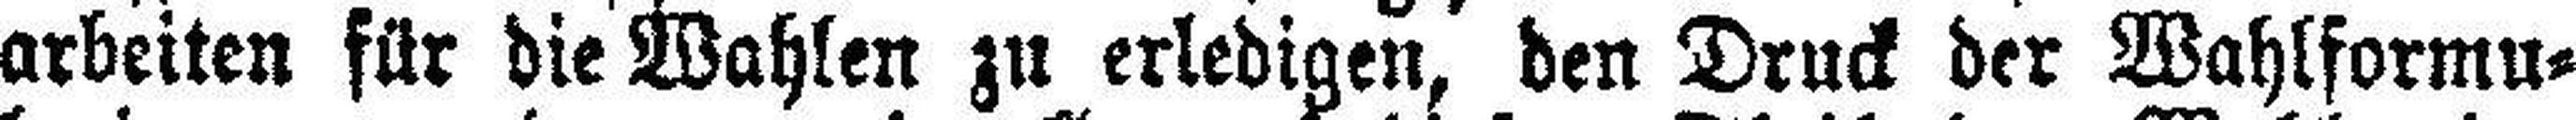
arbeiten für die Wahlen zu erledigen, den Druck der Wahlformu¬